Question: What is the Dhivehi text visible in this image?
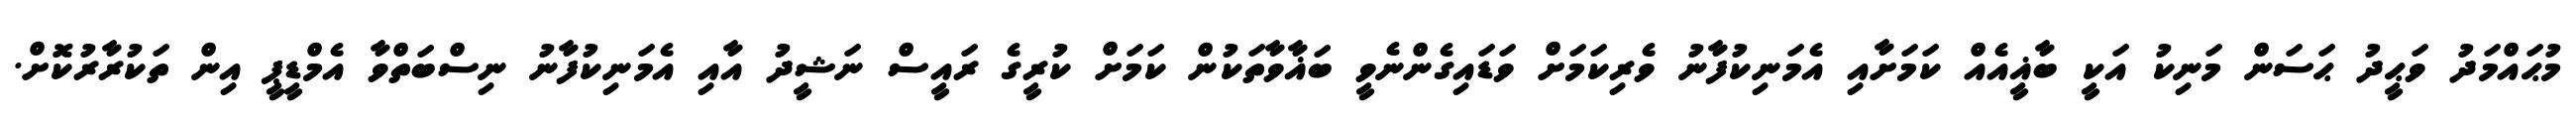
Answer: މުޙައްމަދު ވަޙީދު ޙަސަން މަނިކު އަކީ ބާޣީއެއް ކަމަށާއި އެމަނިކުފާނު ވެރިކަމަށް ވަޑައިގެންނެވީ ބަޣާވާތަކުން ކަމަށް ކުރީގެ ރައީސް ނަޝީދު އާއި އެމަނިކުފާނު ނިސްބަތްވާ އެމްޑީޕީ އިން ތަކުރާރުކޮށް.